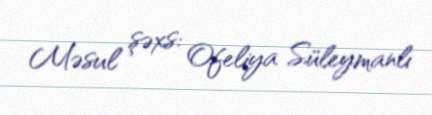
Məsul şəxs: Ofeliya Süleymanlı